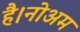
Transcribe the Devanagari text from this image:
है।नोअम